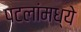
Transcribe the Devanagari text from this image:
पटलांमध्ये